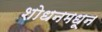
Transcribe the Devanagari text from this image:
शोधनमधून